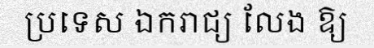
ប្រទេស ឯករាជ្យ លែង ឱ្យ